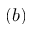
( b )